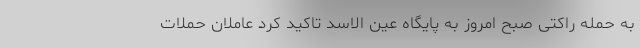
به حمله راکتی صبح امروز به پایگاه عین الاسد تاکید کرد عاملان حملات